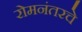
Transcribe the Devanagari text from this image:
रोमनंतरचे